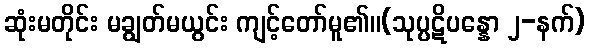
ဆုံးမတိုင်း မချွတ်မယွင်း ကျင့်တော်မူ၏။(သုပ္ပဋိပန္နော ၂-နက်)